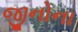
જીનોના